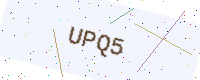
Text: UPQ5